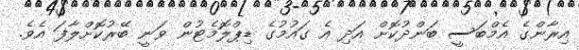
އިރާންގެ އެމްބަސީ ބަންދުކޮށް އަދި އެ ގައުމުގެ ޑިޕްލޮމެޓުން ވަނީ ބޭރުކޮށްލާފަ އެވެ.